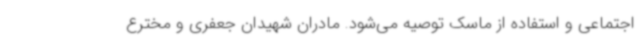
اجتماعی و استفاده از ماسک توصیه می‌شود. مادران شهیدان جعفری و مخترع